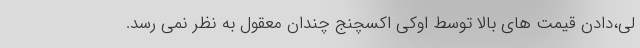
لی،دادن قیمت های بالا توسط اوکی اکسچنج چندان معقول به نظر نمی رسد.